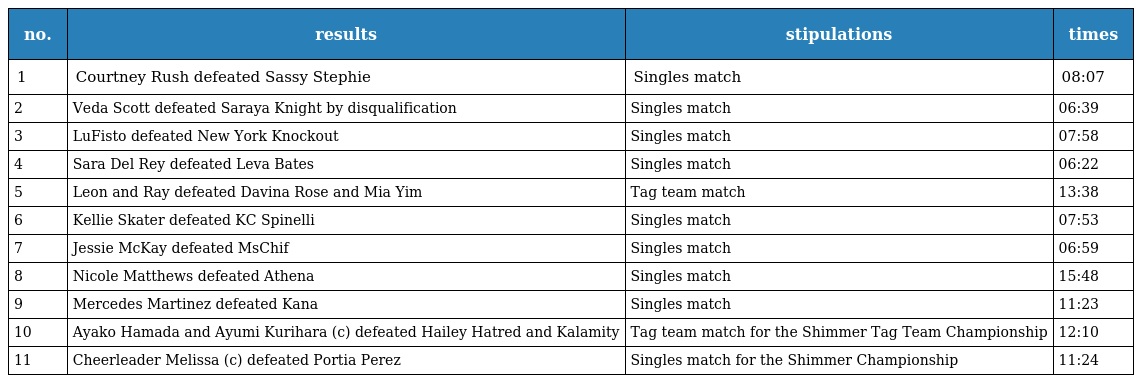
| no. | results | stipulations | times |
 | --- | --- | --- | --- |
 | 1 | Courtney Rush defeated Sassy Stephie | Singles match | 08:07 |
 | 2 | Veda Scott defeated Saraya Knight by disqualification | Singles match | 06:39 |
 | 3 | LuFisto defeated New York Knockout | Singles match | 07:58 |
 | 4 | Sara Del Rey defeated Leva Bates | Singles match | 06:22 |
 | 5 | Leon and Ray defeated Davina Rose and Mia Yim | Tag team match | 13:38 |
 | 6 | Kellie Skater defeated KC Spinelli | Singles match | 07:53 |
 | 7 | Jessie McKay defeated MsChif | Singles match | 06:59 |
 | 8 | Nicole Matthews defeated Athena | Singles match | 15:48 |
 | 9 | Mercedes Martinez defeated Kana | Singles match | 11:23 |
 | 10 | Ayako Hamada and Ayumi Kurihara (c) defeated Hailey Hatred and Kalamity | Tag team match for the Shimmer Tag Team Championship | 12:10 |
 | 11 | Cheerleader Melissa (c) defeated Portia Perez | Singles match for the Shimmer Championship | 11:24 |